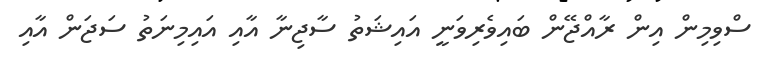
ސްވިމިން އިން ރާއްޖޭން ބައިވެރިވަނީ އައިޝަތު ސާޖިނާ އާއި އައިމިނަތު ސަޖަން އާއި